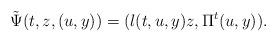
LaTeX: \begin{align*} \tilde\Psi(t,z,(u,y))=(l(t,u,y)z,\Pi^t(u,y)).\end{align*}